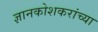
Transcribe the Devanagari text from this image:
ज्ञानकोशकरांच्या